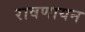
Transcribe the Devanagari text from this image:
रावणायन